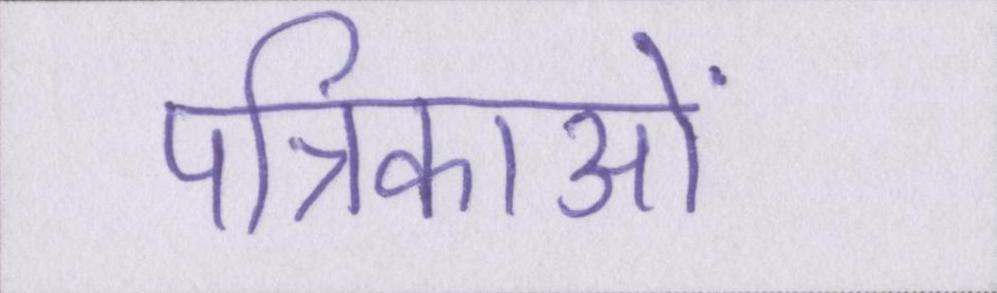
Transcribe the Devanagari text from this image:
पत्रिकाओं